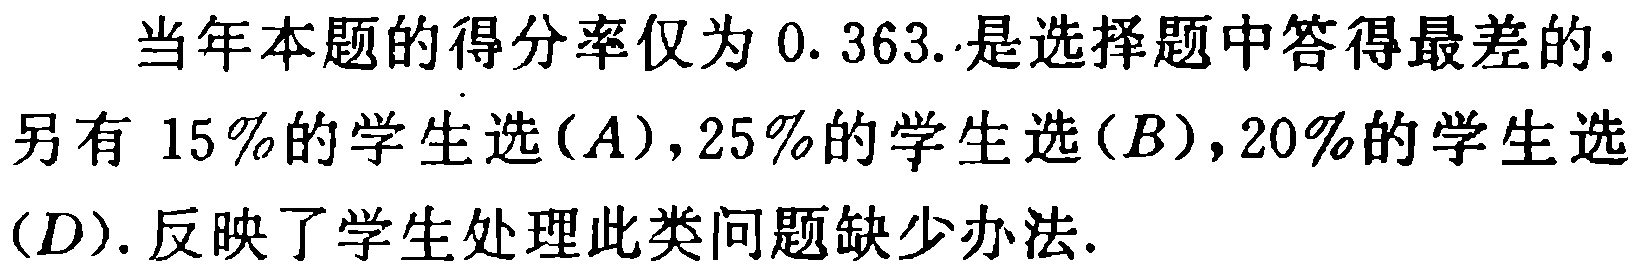
当年本题的得分率仅为0.363.是选择题中答得最差的.另有15%的学生选$(A)$，25%的学生选$(B)$，20%的学生选$(D)$.反映了学生处理此类问题缺少办法.